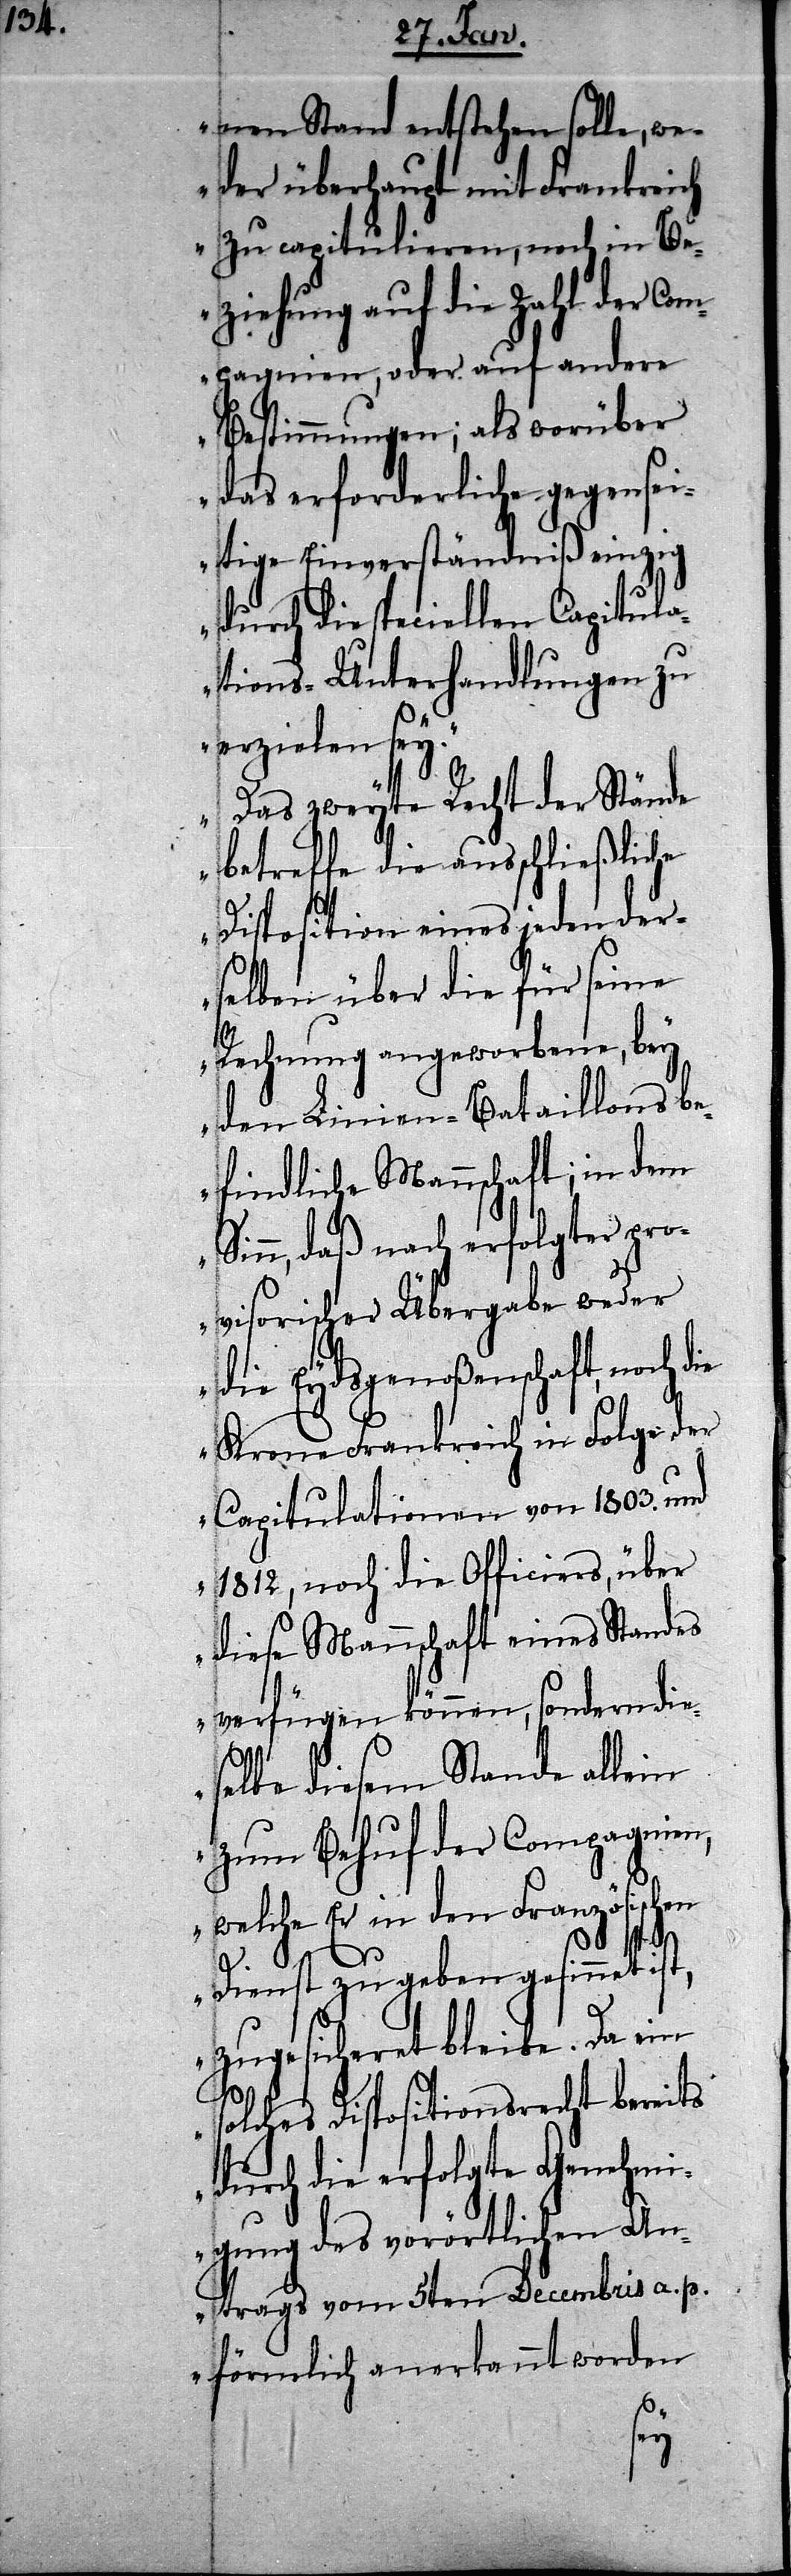
nen Stand entsprechen solle, we¬
der überhaupt mit Frankreich
zu capitulieren, noch in Be¬
ziehung auf die Zahl der Com¬
pagnien, oder auf andere
Bestimmungen; als worüber
das erforderliche gegensei¬
tige Einverständniß einzig
durch die speciellen Capitula¬
tions-Unterhandlungen zu
erzielen sey.
Das zweyte Recht der Stände
betreffe die ausschließliche
Disposition eines jeden der¬
selben über die für seine
Rechnung angeworbene, bey
den Linien-Bataillons be¬
findliche Mannschaft; in dem
Sinn, daß nach erfolgter pro¬
visorischer Uebergabe weder
die Eydsgenoßenschaft, noch
Krone Frankreich in Folge der
Capitulationen von 1803. und
1812, noch die Officiers, über
diese Mannschaft eines Standes
verfügen können, sondern die¬
selbe diesem Stande allein
zum Behuf der Compagnien,
welche Er in den Französischen
s¬
Dienst zu geben gesinnet ist,
zugesicheret bleibe. Da ein
olches Dispositionsrecht bereits
durch die erfolgte Genehmi¬
gung des vorörtlichen An¬
trags vom 5ten Decembris a. p.
förmlich anerkannt worden